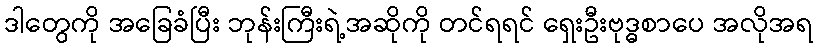
ဒါတွေကို အခြေခံပြီး ဘုန်းကြီးရဲ့အဆိုကို တင်ရရင် ရှေးဦးဗုဒ္ဓစာပေ အလိုအရ